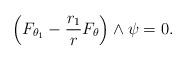
LaTeX: \begin{align*}\left(F_{\theta_1} - \frac{r_1}{r} F_{\theta} \right) \wedge \psi = 0. \end{align*}